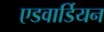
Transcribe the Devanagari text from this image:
एडवार्डियन